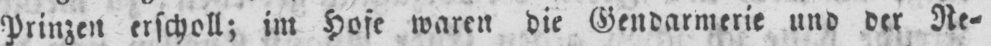
Prinzen erscholl; im Hofe waren die Gendarmerie und der Re⸗